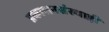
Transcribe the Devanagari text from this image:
प्रकाशनसंस्थाही